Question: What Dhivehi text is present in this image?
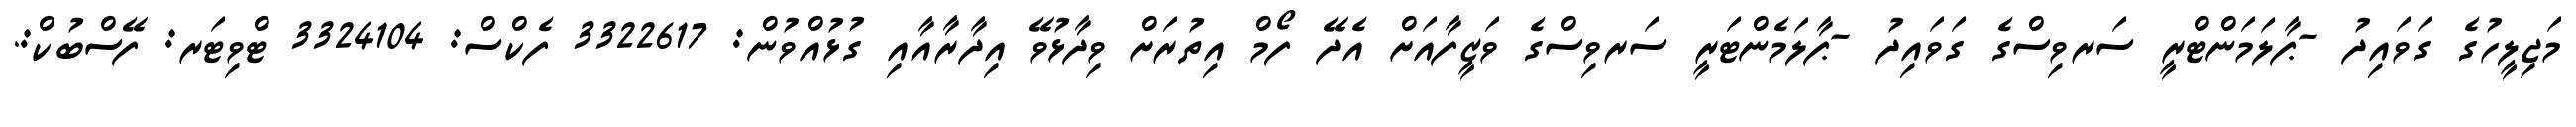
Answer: މަޖިލީހުގެ ގަވައިދު -ޕާލަމަންޓްރީ ސަރވިސްގެ ގަވައިދު -ޕާލަމެންޓަރީ ސަރވިސްގެ ވަޒީފާއަށް އެދޭ ފޯމް އިތުރަށް ވިދާޅުވޭ އިދާރާއާއި ގުޅުއްވުން: 3322617 ފެކްސް: 3324104 ޓްވިޓަރ: ފޭސްބުކް:.